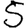
Digit: 5